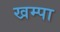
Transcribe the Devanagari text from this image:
खम्पा